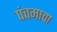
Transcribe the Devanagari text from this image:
पंचमाचा